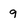
Character: 9